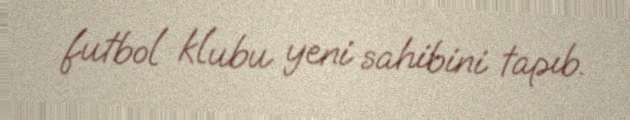
futbol klubu yeni sahibini tapıb.